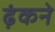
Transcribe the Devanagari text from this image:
ढ़ंकने